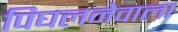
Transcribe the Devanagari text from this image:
पिघलनेवाला